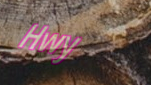
Hwy